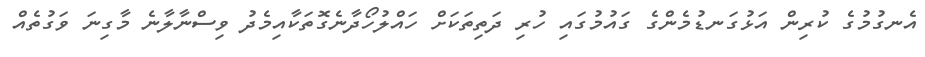
އެނގުމުގެ ކުރިން އަޅުގަނޑުމެންގެ ގައުމުގައި ހުރި ދަތިތަކަށް ހައްލުހޯދާނެގޮތަކާއިމެދު ވިސްނާލާނެ މާގިނަ ވަގުތެއް